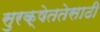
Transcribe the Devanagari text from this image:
सुरक्षेततेसाठी